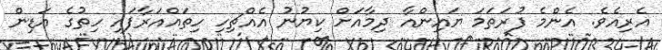
އެރިއެވެ. އެންމެ ފުރަތަމަ ޔައިންއާ ދިމާއަށް ކިޔުނު އެއްޗިހި ހިތައްއަރާފައި ހިތުގެ އަޑިން